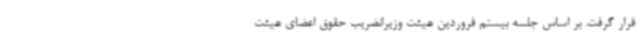
قرار گرفت. بر اساس جلسه بیستم فروردین هیئت وزیرانضریب حقوق اعضای هیئت